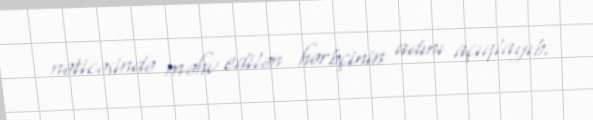
nəticəsində məhv edilən hərbçinin adını açıqlayıb.